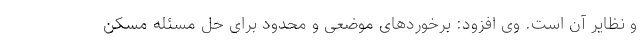
و نظایر آن است. وی افزود: برخوردهای موضعی و محدود برای حل مسئله مسکن